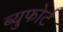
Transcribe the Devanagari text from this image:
ब्युफोर्ट